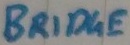
Text: BRIDGE